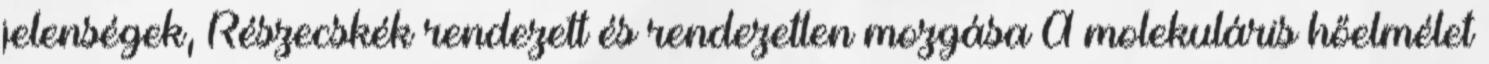
jelenségek, Részecskék rendezett és rendezetlen mozgása A molekuláris hőelmélet